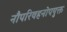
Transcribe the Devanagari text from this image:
नौपरिवहनोपयुक्त